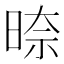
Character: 𭦛